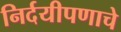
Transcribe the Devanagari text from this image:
निर्दयीपणाचे